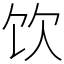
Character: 饮